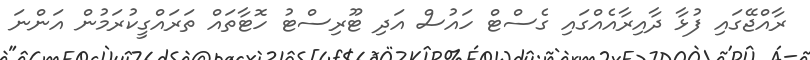
ރާއްޖޭގައި ފުޅާ ދާއިރާއެއްގައި ގެސްޓް ހައުސް އަދި ޓޫރިސްޓު ހޮޓާތައް ތަރައްގީކުރަމުން އަންނަ